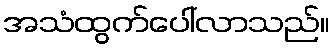
အသံထွက်ပေါ်လာသည်။